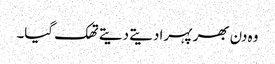
وہ دن بھر پہرا دیتے دیتے تھک گیا۔